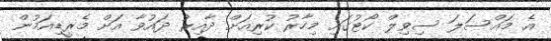
އެ މައްސަލަ ސިވިލް ކޯޓުގައި މިހާރު ކުރިއަށް ދާއިރު ދައުވާ އަށް މެރީޑިއަމުން